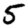
Digit: 5